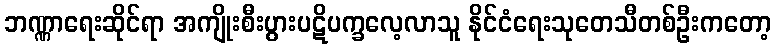
ဘဏ္ဏာရေးဆိုင်ရာ အကျိုးစီးပွားပဋိပက္ခလေ့လာသူ နိုင်ငံရေးသုတေသီတစ်ဦးကတော့